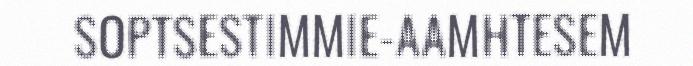
SOPTSESTIMMIE-AAMHTESEM